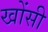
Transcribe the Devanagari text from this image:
खोंसी